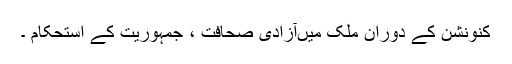
کنونشن کے دوران ملک میںآزادی صحافت ، جمہوریت کے استحکام ۔